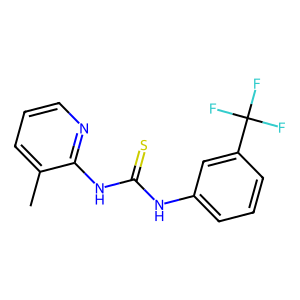
SMILES: Cc1cccnc1NC(=S)Nc1cccc(C(F)(F)F)c1
Inhibits HIV replication: No